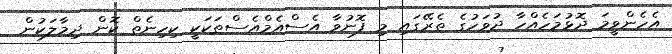
އެހެންވީމަ ދޮޅުމަހެއްހާ ދުވަހުގެ ތެރޭގައި މި ފޮނުވާ އެސްއެމްއެސްތަކަކީ ކިހިނެތް ކޮން ދިމާލަކުން